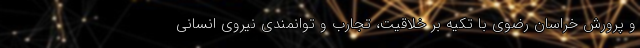
و پرورش خراسان رضوی با تکیه بر خلاقیت، تجارب و توانمندی نیروی انسانی